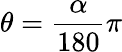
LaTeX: \theta=\frac{\alpha}{180}\pi